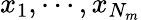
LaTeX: x_{1},\cdots,x_{N_{m}}